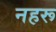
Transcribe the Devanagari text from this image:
नहरू